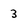
Character: 3